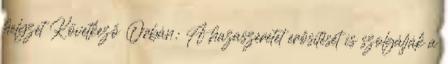
helyzet Következő Orbán: A hazaszeretet erősítését is szolgálják a